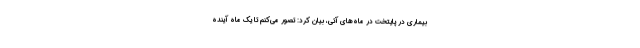
بیماری در پایتخت در ماه‌های آتی، بیان کرد: تصور می‌کنم تا یک ماه آینده